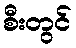
စီးတွင်